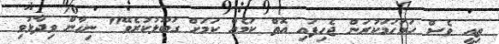
ތިއީ ވެސް ހަމަހަމަކުރަން ޖެހިފައި އޮތް ކަމެއް ކަމަށް ގަބޫލުކުރެވޭ" ނިހާން ވިދާޅުވި